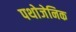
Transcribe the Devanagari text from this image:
पथोजेनिक